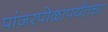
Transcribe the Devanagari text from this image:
पांजरपोळापर्यंतचा